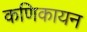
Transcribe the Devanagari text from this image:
कणिकायन